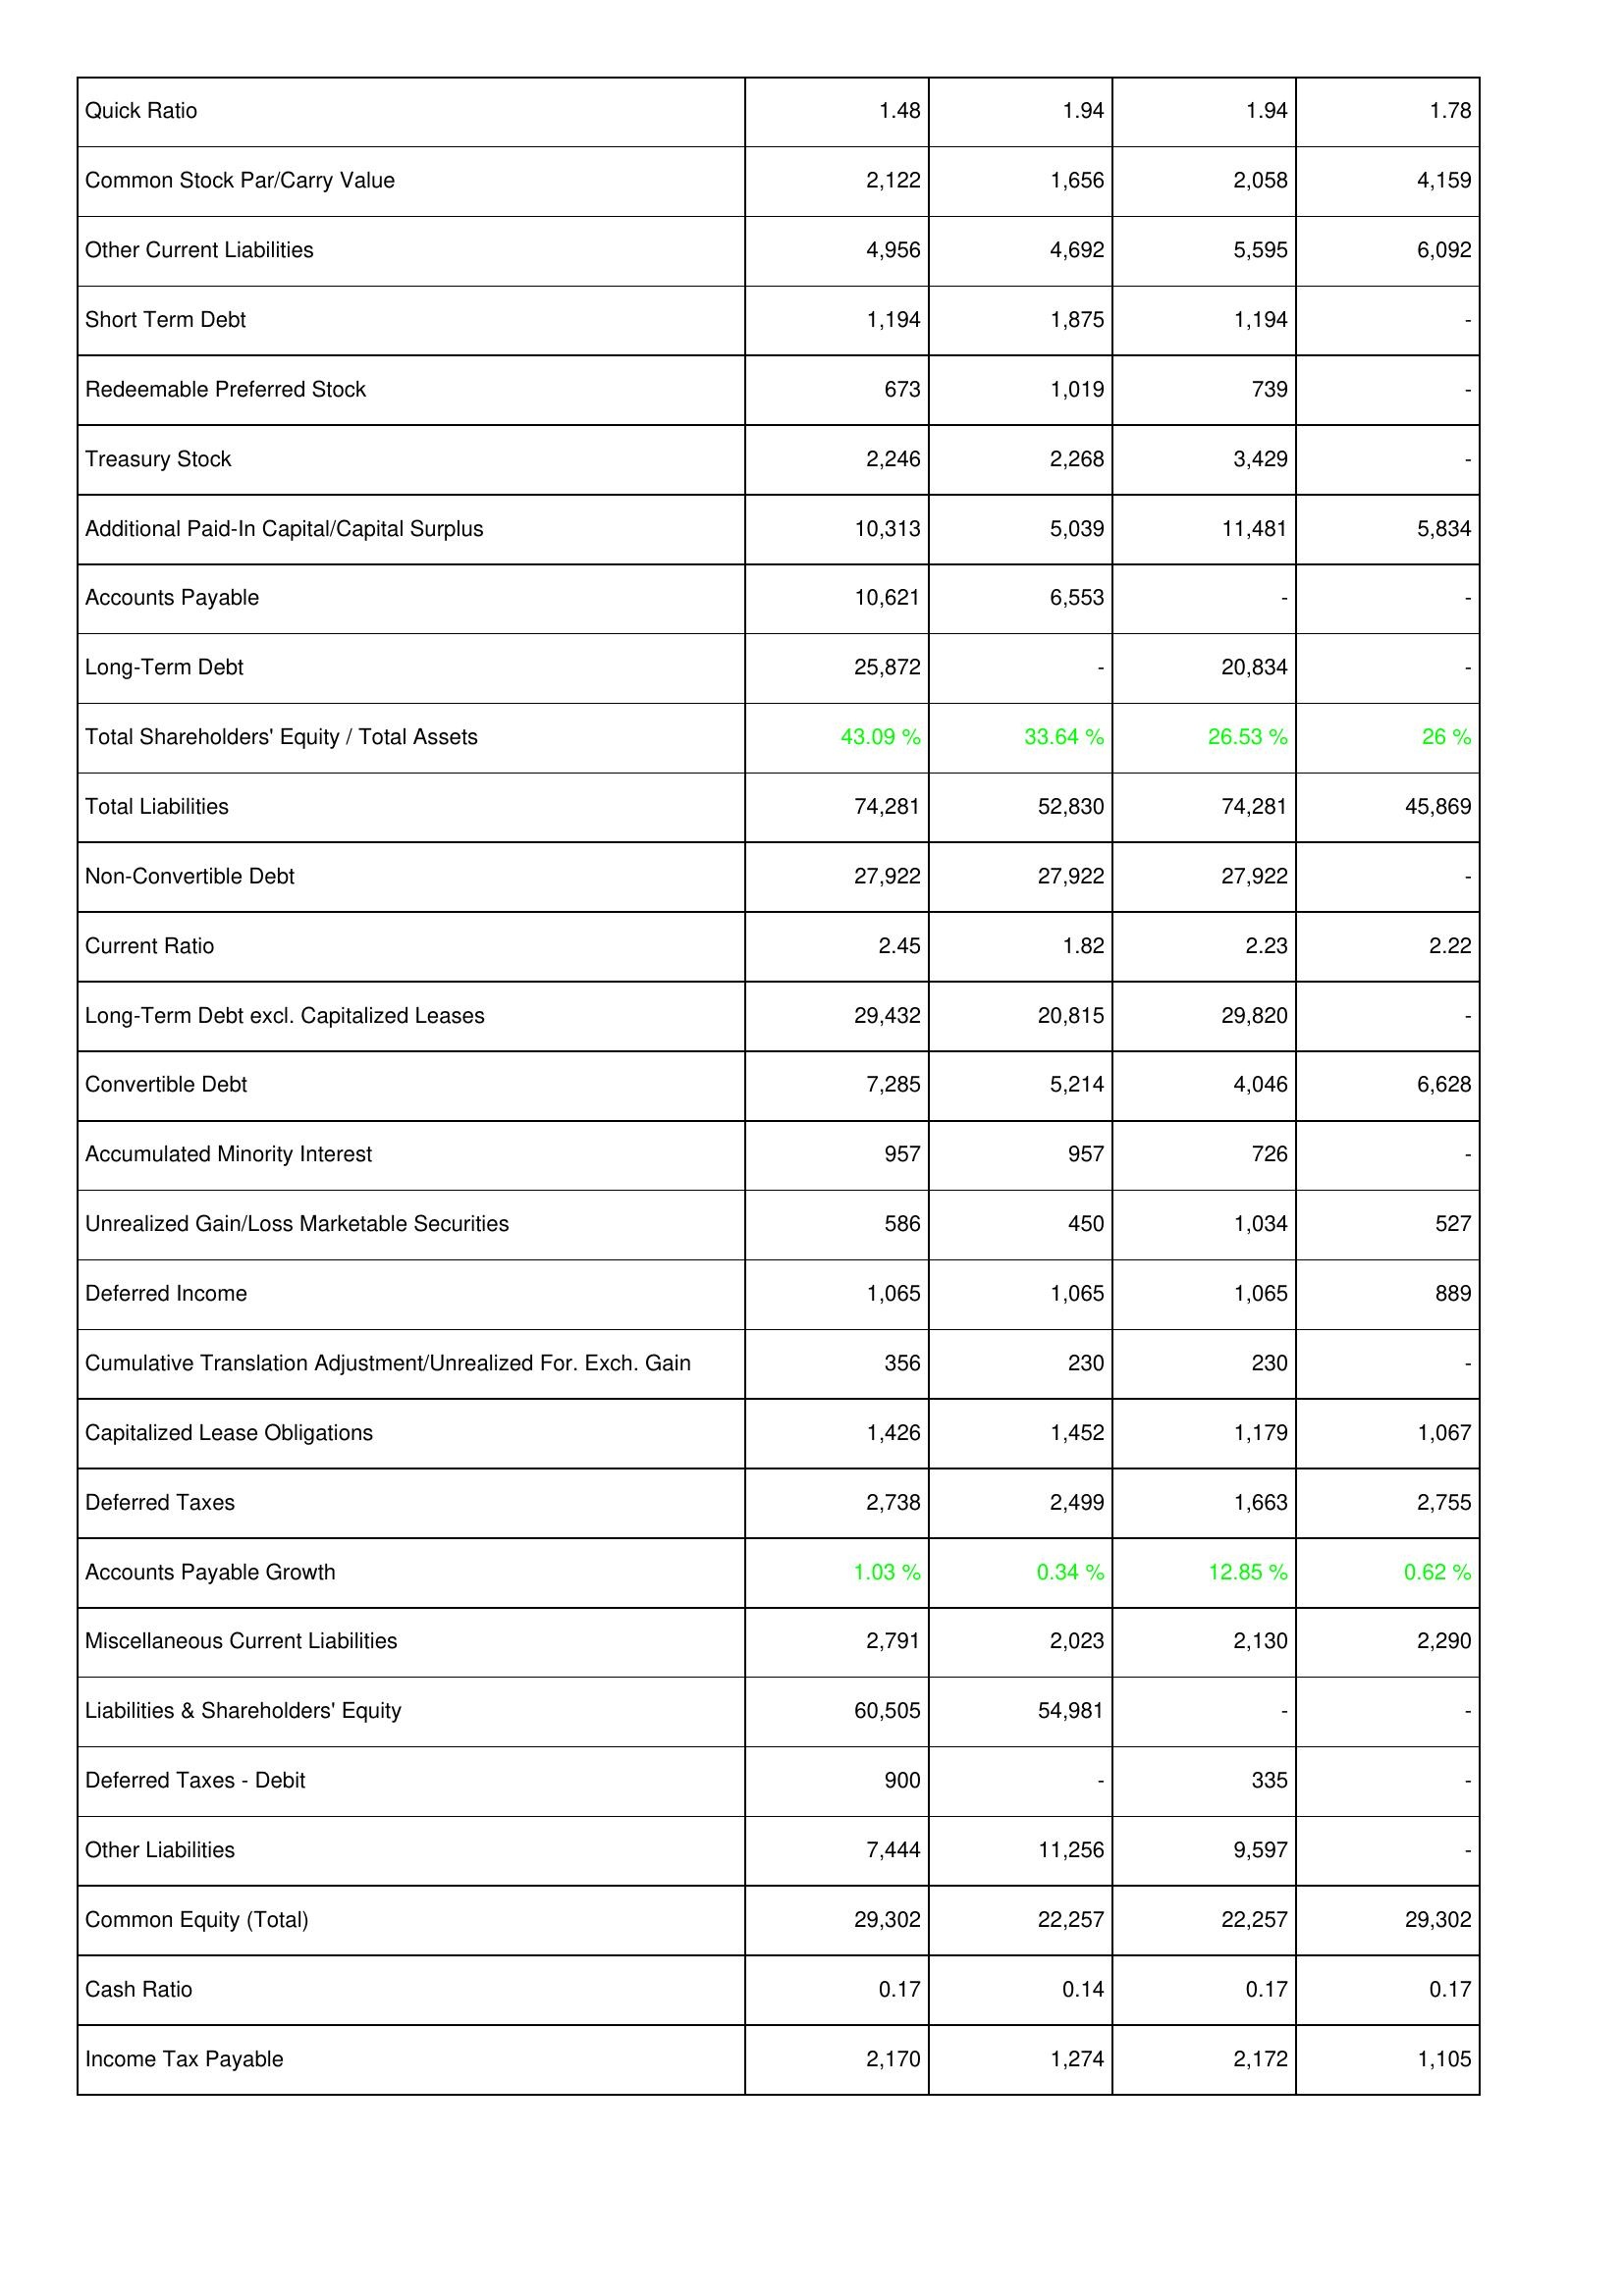
2007: Liabilities & Shareholders' Equity: Quick Ratio: 1.48
Common Stock Par/Carry Value: 2,122
Other Current Liabilities: 4,956
Short Term Debt: 1,194
Redeemable Preferred Stock: 673
Treasury Stock: 2,246
Additional Paid-In Capital/Capital Surplus: 10,313
Accounts Payable: 10,621
Long-Term Debt: 25,872
Total Shareholders' Equity / Total Assets: 43.09 %
Total Liabilities: 74,281
Non-Convertible Debt: 27,922
Current Ratio: 2.45
Long-Term Debt excl. Capitalized Leases: 29,432
Convertible Debt: 7,285
Accumulated Minority Interest: 957
Unrealized Gain/Loss Marketable Securities: 586
Deferred Income: 1,065
Cumulative Translation Adjustment/Unrealized For. Exch. Gain: 356
Capitalized Lease Obligations: 1,426
Deferred Taxes: 2,738
Accounts Payable Growth: 1.03 %
Miscellaneous Current Liabilities: 2,791
Liabilities & Shareholders' Equity: 60,505
Deferred Taxes - Debit: 900
Other Liabilities: 7,444
Common Equity (Total): 29,302
Cash Ratio: 0.17
Income Tax Payable: 2,170
2008: Liabilities & Shareholders' Equity: Quick Ratio: 1.94
Common Stock Par/Carry Value: 1,656
Other Current Liabilities: 4,692
Short Term Debt: 1,875
Redeemable Preferred Stock: 1,019
Treasury Stock: 2,268
Additional Paid-In Capital/Capital Surplus: 5,039
Accounts Payable: 6,553
Long-Term Debt: -
Total Shareholders' Equity / Total Assets: 33.64 %
Total Liabilities: 52,830
Non-Convertible Debt: 27,922
Current Ratio: 1.82
Long-Term Debt excl. Capitalized Leases: 20,815
Convertible Debt: 5,214
Accumulated Minority Interest: 957
Unrealized Gain/Loss Marketable Securities: 450
Deferred Income: 1,065
Cumulative Translation Adjustment/Unrealized For. Exch. Gain: 230
Capitalized Lease Obligations: 1,452
Deferred Taxes: 2,499
Accounts Payable Growth: 0.34 %
Miscellaneous Current Liabilities: 2,023
Liabilities & Shareholders' Equity: 54,981
Deferred Taxes - Debit: -
Other Liabilities: 11,256
Common Equity (Total): 22,257
Cash Ratio: 0.14
Income Tax Payable: 1,274
2009: Liabilities & Shareholders' Equity: Quick Ratio: 1.94
Common Stock Par/Carry Value: 2,058
Other Current Liabilities: 5,595
Short Term Debt: 1,194
Redeemable Preferred Stock: 739
Treasury Stock: 3,429
Additional Paid-In Capital/Capital Surplus: 11,481
Accounts Payable: -
Long-Term Debt: 20,834
Total Shareholders' Equity / Total Assets: 26.53 %
Total Liabilities: 74,281
Non-Convertible Debt: 27,922
Current Ratio: 2.23
Long-Term Debt excl. Capitalized Leases: 29,820
Convertible Debt: 4,046
Accumulated Minority Interest: 726
Unrealized Gain/Loss Marketable Securities: 1,034
Deferred Income: 1,065
Cumulative Translation Adjustment/Unrealized For. Exch. Gain: 230
Capitalized Lease Obligations: 1,179
Deferred Taxes: 1,663
Accounts Payable Growth: 12.85 %
Miscellaneous Current Liabilities: 2,130
Liabilities & Shareholders' Equity: -
Deferred Taxes - Debit: 335
Other Liabilities: 9,597
Common Equity (Total): 22,257
Cash Ratio: 0.17
Income Tax Payable: 2,172
2010: Liabilities & Shareholders' Equity: Quick Ratio: 1.78
Common Stock Par/Carry Value: 4,159
Other Current Liabilities: 6,092
Short Term Debt: -
Redeemable Preferred Stock: -
Treasury Stock: -
Additional Paid-In Capital/Capital Surplus: 5,834
Accounts Payable: -
Long-Term Debt: -
Total Shareholders' Equity / Total Assets: 26 %
Total Liabilities: 45,869
Non-Convertible Debt: -
Current Ratio: 2.22
Long-Term Debt excl. Capitalized Leases: -
Convertible Debt: 6,628
Accumulated Minority Interest: -
Unrealized Gain/Loss Marketable Securities: 527
Deferred Income: 889
Cumulative Translation Adjustment/Unrealized For. Exch. Gain: -
Capitalized Lease Obligations: 1,067
Deferred Taxes: 2,755
Accounts Payable Growth: 0.62 %
Miscellaneous Current Liabilities: 2,290
Liabilities & Shareholders' Equity: -
Deferred Taxes - Debit: -
Other Liabilities: -
Common Equity (Total): 29,302
Cash Ratio: 0.17
Income Tax Payable: 1,105